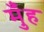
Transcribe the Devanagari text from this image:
मुँंह